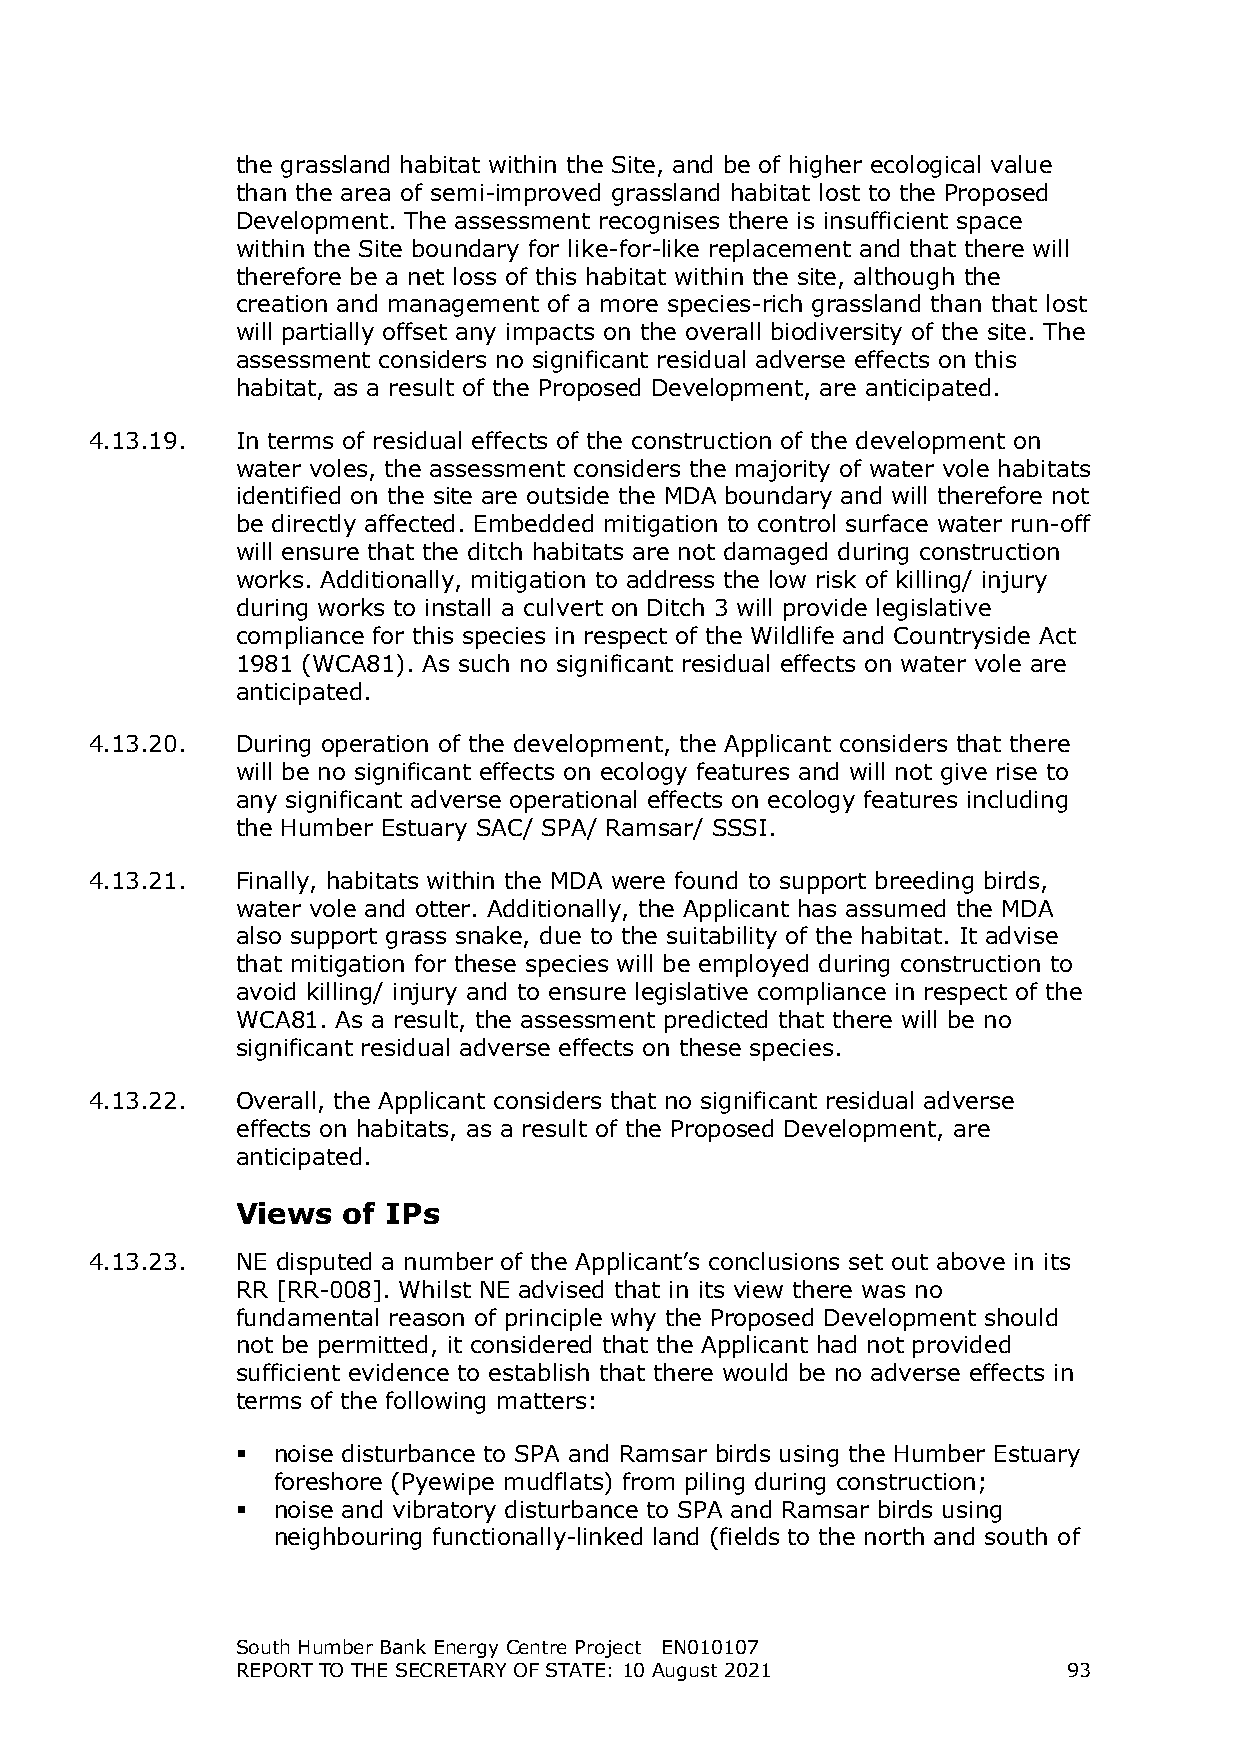
the grassland habitat within the Site, and be of higher ecological value
 than the area of semi-improved grassland habitat lost to the Proposed
 Development. The assessment recognises there is insufficient space
 within the Site boundary for like-for-like replacement and that there will
 therefore be a net loss of this habitat within the site, although the
 creation and management of a more species-rich grassland than that lost
 will partially offset any impacts on the overall biodiversity of the site. The
 assessment considers no significant residual adverse effects on this
 habitat, as a result of the Proposed Development, are anticipated.
 4.13.19.  In terms of residual effects of the construction of the development on
 water voles, the assessment considers the majority of water vole habitats
 identified on the site are outside the MDA boundary and will therefore not
 be directly affected. Embedded mitigation to control surface water run-off
 will ensure that the ditch habitats are not damaged during construction
 works. Additionally, mitigation to address the low risk of killing/ injury
 during works to install a culvert on Ditch 3 will provide legislative
 compliance for this species in respect of the Wildlife and Countryside Act
 1981 (WCA81). As such no significant residual effects on water vole are
 anticipated.
 4.13.20.  During operation of the development, the Applicant considers that there
 will be no significant effects on ecology features and will not give rise to
 any significant adverse operational effects on ecology features including
 the Humber Estuary SAC/ SPA/ Ramsar/ SSSI.
 4.13.21.  Finally, habitats within the MDA were found to support breeding birds,
 water vole and otter. Additionally, the Applicant has assumed the MDA
 also support grass snake, due to the suitability of the habitat. It advise
 that mitigation for these species will be employed during construction to
 avoid killing/ injury and to ensure legislative compliance in respect of the
 WCA81. As a result, the assessment predicted that there will be no
 significant residual adverse effects on these species.
 4.13.22.  Overall, the Applicant considers that no significant residual adverse
 effects on habitats, as a result of the Proposed Development, are
 anticipated.
 Views  of IPs
 4.13.23.  NE disputed a number of the Applicant’s conclusions set out above in its
 RR [RR-008]. Whilst NE advised that in its view there was no
 fundamental reason of principle why the Proposed Development should
 not be permitted, it considered that the Applicant had not provided
 sufficient evidence to establish that there would be no adverse effects in
 terms of the following matters:
  noise disturbance to SPA and Ramsar birds using the Humber Estuary
 foreshore (Pyewipe mudflats) from piling during construction;
  noise and vibratory disturbance to SPA and Ramsar birds using
 neighbouring functionally-linked land (fields to the north and south of
 South Humber Bank Energy Centre Project EN010107
 REPORT TO THE SECRETARY OF STATE: 10 August 2021       93